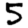
Digit: 5